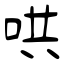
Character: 哄